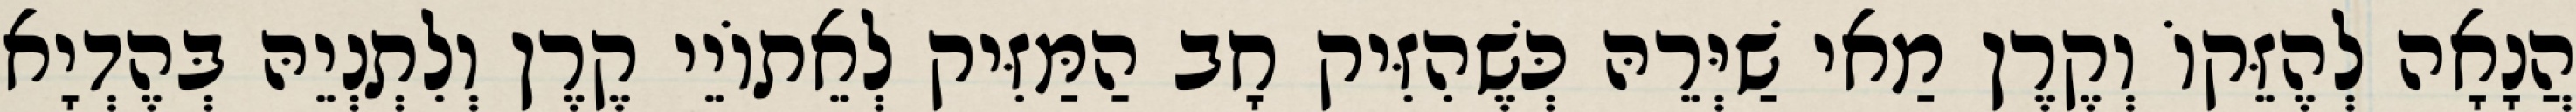
הֲנָאָה לְהֶזֵּקוֹ וְקֶרֶן מַאי שַׁיְּרֵהּ כְּשֶׁהִזִּיק חָב הַמַּזִּיק לְאֵתוֹיֵי קֶרֶן וְלִתְנְיֵהּ בְּהֶדְיָא